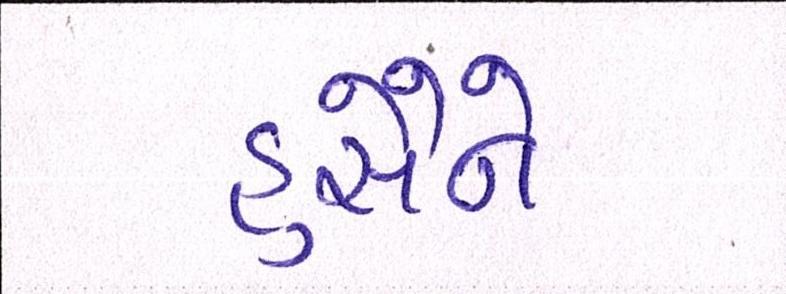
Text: હુસૈને